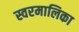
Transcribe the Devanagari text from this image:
स्वरमालिका